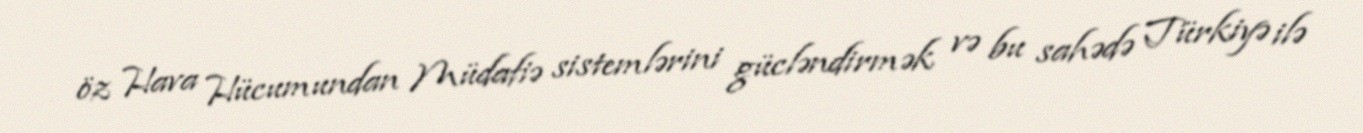
öz Hava Hücumundan Müdafiə sistemlərini gücləndirmək və bu sahədə Türkiyə ilə